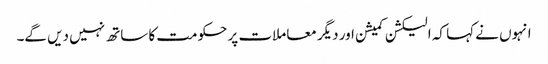
انہوں نے کہا کہ الیکشن کمیشن اور دیگر معاملات پر حکومت کا ساتھ نہیں دیں گے۔